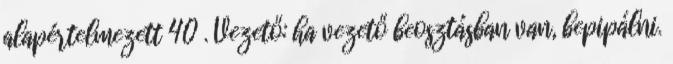
alapértelmezett 40 . Vezető: ha vezető beosztásban van, bepipálni.